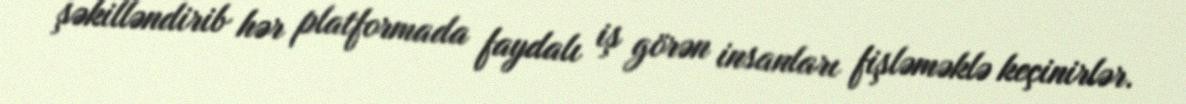
şəkilləndirib hər platformada faydalı iş görən insanları fişləməklə keçinirlər.